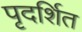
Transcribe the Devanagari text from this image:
पृदर्शित